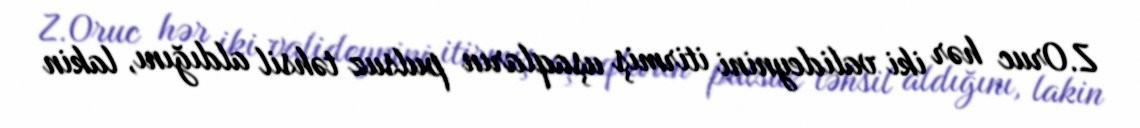
Z.Oruc hər iki valideynini itirmiş uşaqların pulsuz təhsil aldığını, lakin